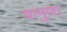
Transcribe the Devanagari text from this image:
बामुणा